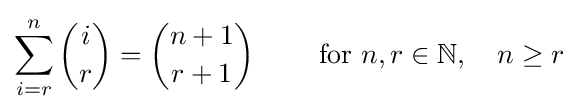
\sum _{i=r}^{n}{i \choose r}={n+1 \choose r+1}\qquad {\text{ for }}n,r\in \mathbb {N} ,\quad n\geq r